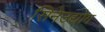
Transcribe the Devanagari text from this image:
सिनेउद्योग